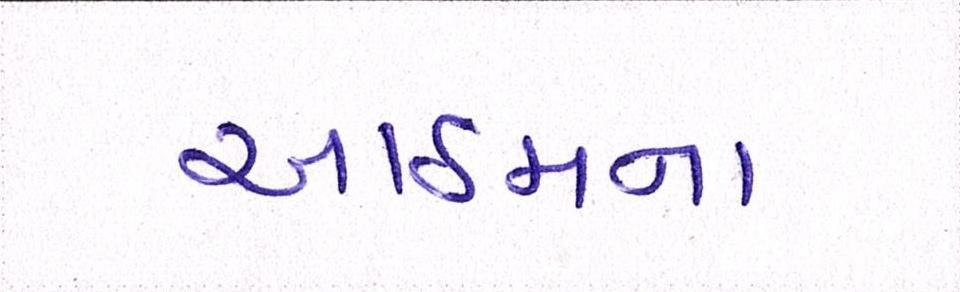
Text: આઠમના